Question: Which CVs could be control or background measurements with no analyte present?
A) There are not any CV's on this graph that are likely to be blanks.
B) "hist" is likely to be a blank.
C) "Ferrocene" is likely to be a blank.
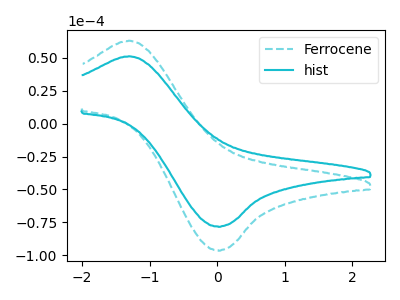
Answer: <think>The cyan dashed curve "Ferrocene" has an anodic peak at (-1.30V, 63.15uA) and a cathodic peak at (0.00V, -96.20uA). The cyan curve "hist" has an anodic peak at (-1.30V, 51.25uA) and a cathodic peak at (0.00V, -78.15uA).</think>
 <answer>A) There are not any CV's on this graph that are likely to be blanks.</answer>
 <eval>A</eval>